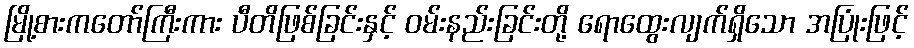
မြို့စားကတော်ကြီးကား ပီတိဖြစ်ခြင်းနှင့် ဝမ်းနည်းခြင်းတို့ ရောထွေးလျက်ရှိသော အပြုံးဖြင့်